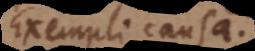
Exempli causa: